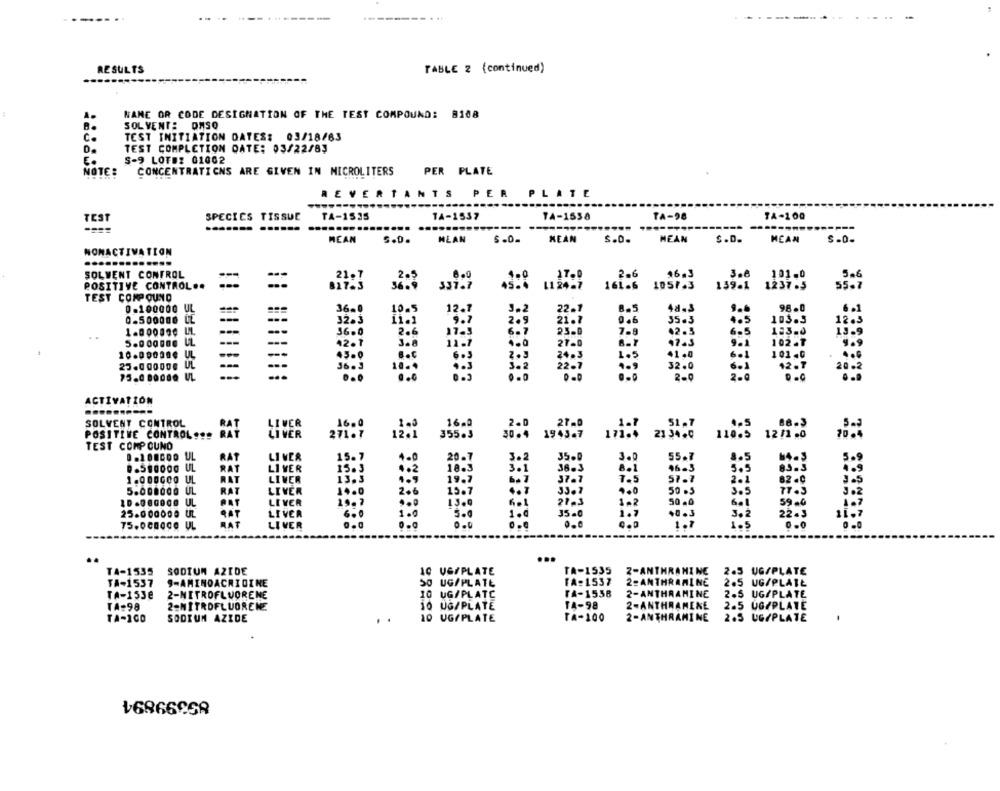
--
RESULTS
TABLE 2 (continued)
NAME OR CODE DESIGNATION OF THE TEST COMPOUND: 8108
SOLVENT: DASQ
C.
TEST INITIATION DATES: 03/18/63
TEST COMPLETION DATE: 03/22/83
S-9 LOTEZ 01002
E.
NOTE :
CONCENTRATICNS ARE GIVEN IN MICROLITERS
PER PLATE
REVERTANTS PER PLATE
TA-100
TEST
SPECIES TISSUE
TA-1535
14-1537
TA-1538
TA-98
......
......
....
-----
---
S.D.
MEAN
s.D.
MEAN
MEAN
$.0.
HEAN
MEAN
$-0-
NONACTIVATION
......... ....
SOLWENT CONTROL
-
21.7
6.0
1.0
17.0
2.6
96. 3
300
101.0
5.6
POSITIVE CONTROL ..
337.7
11 24-7
161-6
1057.3
139-1
1237.5
55.7
TEST COMPOUND
0-100000 UL
12.7
22-1
8.5
48-3
9.6
98.0
0-500000 LL
---
---
9.7
2.9
21-1
9.6
35.3
4.5
103.3
12.3
1.000000 LL
--
--
36.0
2.6
17-3
6.7
23.0
7-9
42.5
6-5
123-0
---
--
42.7
3.8
11.7
.. 0
27-0
9.1
102-T
9.9
24.3
1.5
41.0
6.1
101-0
25.000000 UL
---
2.3
32.0
6.1
12-T
36 . 3
2259
1 .9
20.2
2-0
2.@
ACTIVATION
SOLVENT CONTROL
LIVER
16.0
51.7
POSITIVE CONTROLS !!
LIVER
21 5440
110.5
1211 .0
355.3
TEST COMP OUND
RAT
LIVER
15.
55.7
.. 5.0000 UL
RAT
LI VER
15.5
5.5
10.3
38.3
96-3
1.000COO UL
RAT
LIVER
13.3
37.7
57.7
2.1
62.6
5.00.000 UL
RAT
LIVER
14.0
206
19. 7
33.7
50 .3
3.5
3.2
PAT
LEVER
10.7
21 . 3
50 ,0
59.0
25.000000 UL
RAT
LIVER
35.0
22.9
RAT
1.5
75.000000 UL
LIVER
..
...
TA-1535
SODIUM AZIDE
10 UG/PLATE
TA-1535
2-ANTHRAMINE
2.5 UG/PLATE
TA-1557
9-AMINOACRIDINE
SO UG/PLATE
TA:1537
2-ANTHRAMINE
2.5 UG/PLATE
2-NITROFLUORENE
10 UG/PLATC
TA-1538
2-ANTHRAMINE
2.5 UG/PLATE
TA-1538
TA-98
2-NITROFLUORENE
10 UG/PLATE
14-98
2-ANTHRAMENE
2.5 UG/PLATE
TA-ICO
SODIUM AZIDE
10 UG/PLATE
TA-100
2-ANTHRAMINE
2.5 UG/PLATE
.
৳6866058